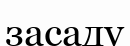
засаду